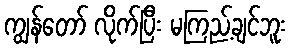
ကျွန်တော် လိုက်ပြီး မကြည့်ချင်ဘူး